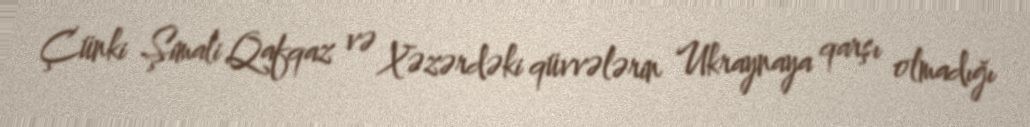
Çünki Şimali Qafqaz və Xəzərdəki qüvvələrin Ukraynaya qarşı olmadığı